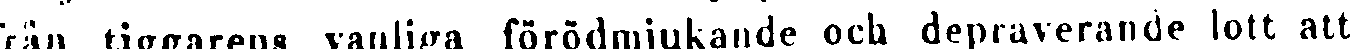
från tiggarens vanliga förödmjukande och depraverande lott att